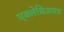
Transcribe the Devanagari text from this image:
एक्लेसिआरम